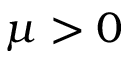
\mu > 0